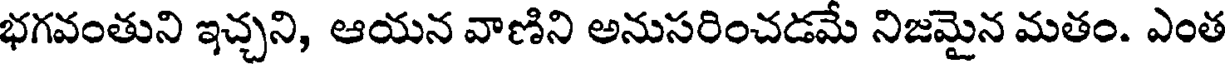
భగవంతుని ఇచ్చని, ఆయన వాణిని అనుసరించడమే నిజమైన మతం. ఎంత